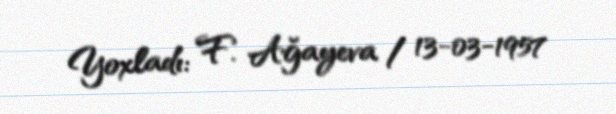
Yoxladı: F. Ağayeva / 13-03-1957